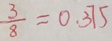
\frac { 3 } { 8 } = 0 . 3 7 5